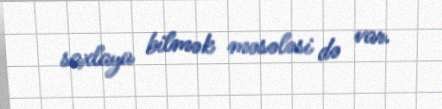
saxlaya bilmək məsələsi də var.